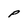
Character: P